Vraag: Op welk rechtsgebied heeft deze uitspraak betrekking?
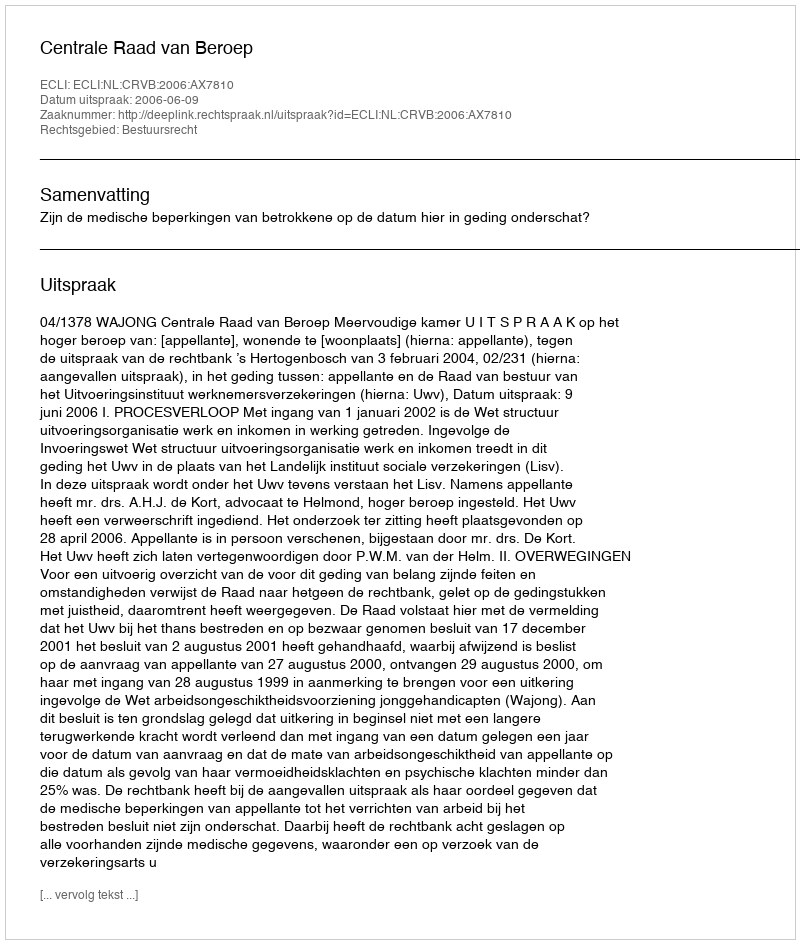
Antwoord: Bestuursrecht